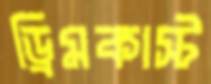
ড্রিমকাস্ট